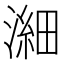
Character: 𪷉